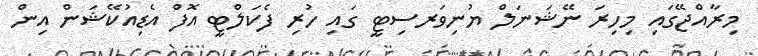
މިރާއްޖޭގައި މިހިރަ ނޭޝަނަލް ޔުނިވަރސިޓީ ގައި ހުރި ފެކަލްޓީ އޮފް އެޑިއުކޭޝަން އިން